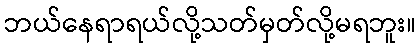
ဘယ်နေရာရယ်လို့သတ်မှတ်လို့မရဘူး။